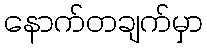
နောက်တချက်မှာ